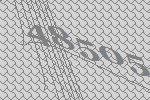
48505